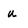
Character: u